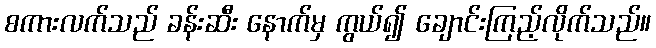
စကားလက်သည် ခန်းဆီး နောက်မှ ကွယ်၍ ချောင်းကြည့်လိုက်သည်။